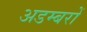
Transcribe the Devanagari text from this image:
अडम्बरों